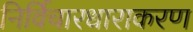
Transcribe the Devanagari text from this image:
निर्विचारधाराकरण